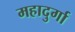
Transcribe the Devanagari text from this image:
महादुर्गा